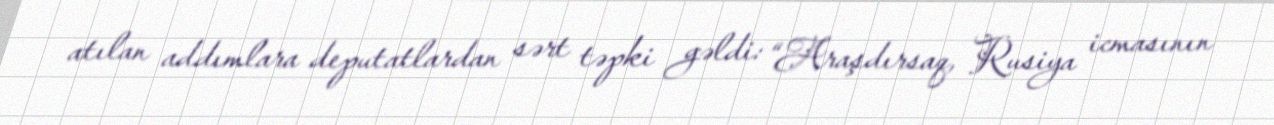
atılan addımlara deputatlardan sərt təpki gəldi: “Araşdırsaq, Rusiya icmasının